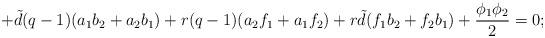
LaTeX: \begin{align*}+{\tilde d}(q-1)(a_{1}b_{2}+a_{2}b_{1})+r(q-1)(a_{2}f_{1}+a_{1}f_{2})+ r{\tilde d}(f_{1}b_{2} +f_{2}b_{1})+\frac{\phi_{1}\phi_{2}}{2}=0; \end{align*}